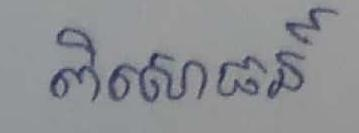
ពិសោធន៍